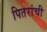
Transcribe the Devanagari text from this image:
पितरांची